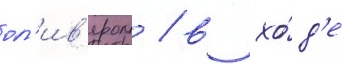
ол'ив'ером / в хо́д'е